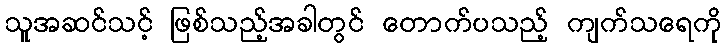
သူအဆင်သင့် ဖြစ်သည့်အခါတွင် တောက်ပသည့် ကျက်သရေကို